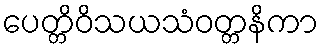
ပေတ္တိဝိသယသံဝတ္တနိကာ